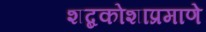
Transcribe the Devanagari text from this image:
शब्दकोशाप्रमाणे